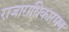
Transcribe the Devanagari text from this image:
राजाराधिकारमण